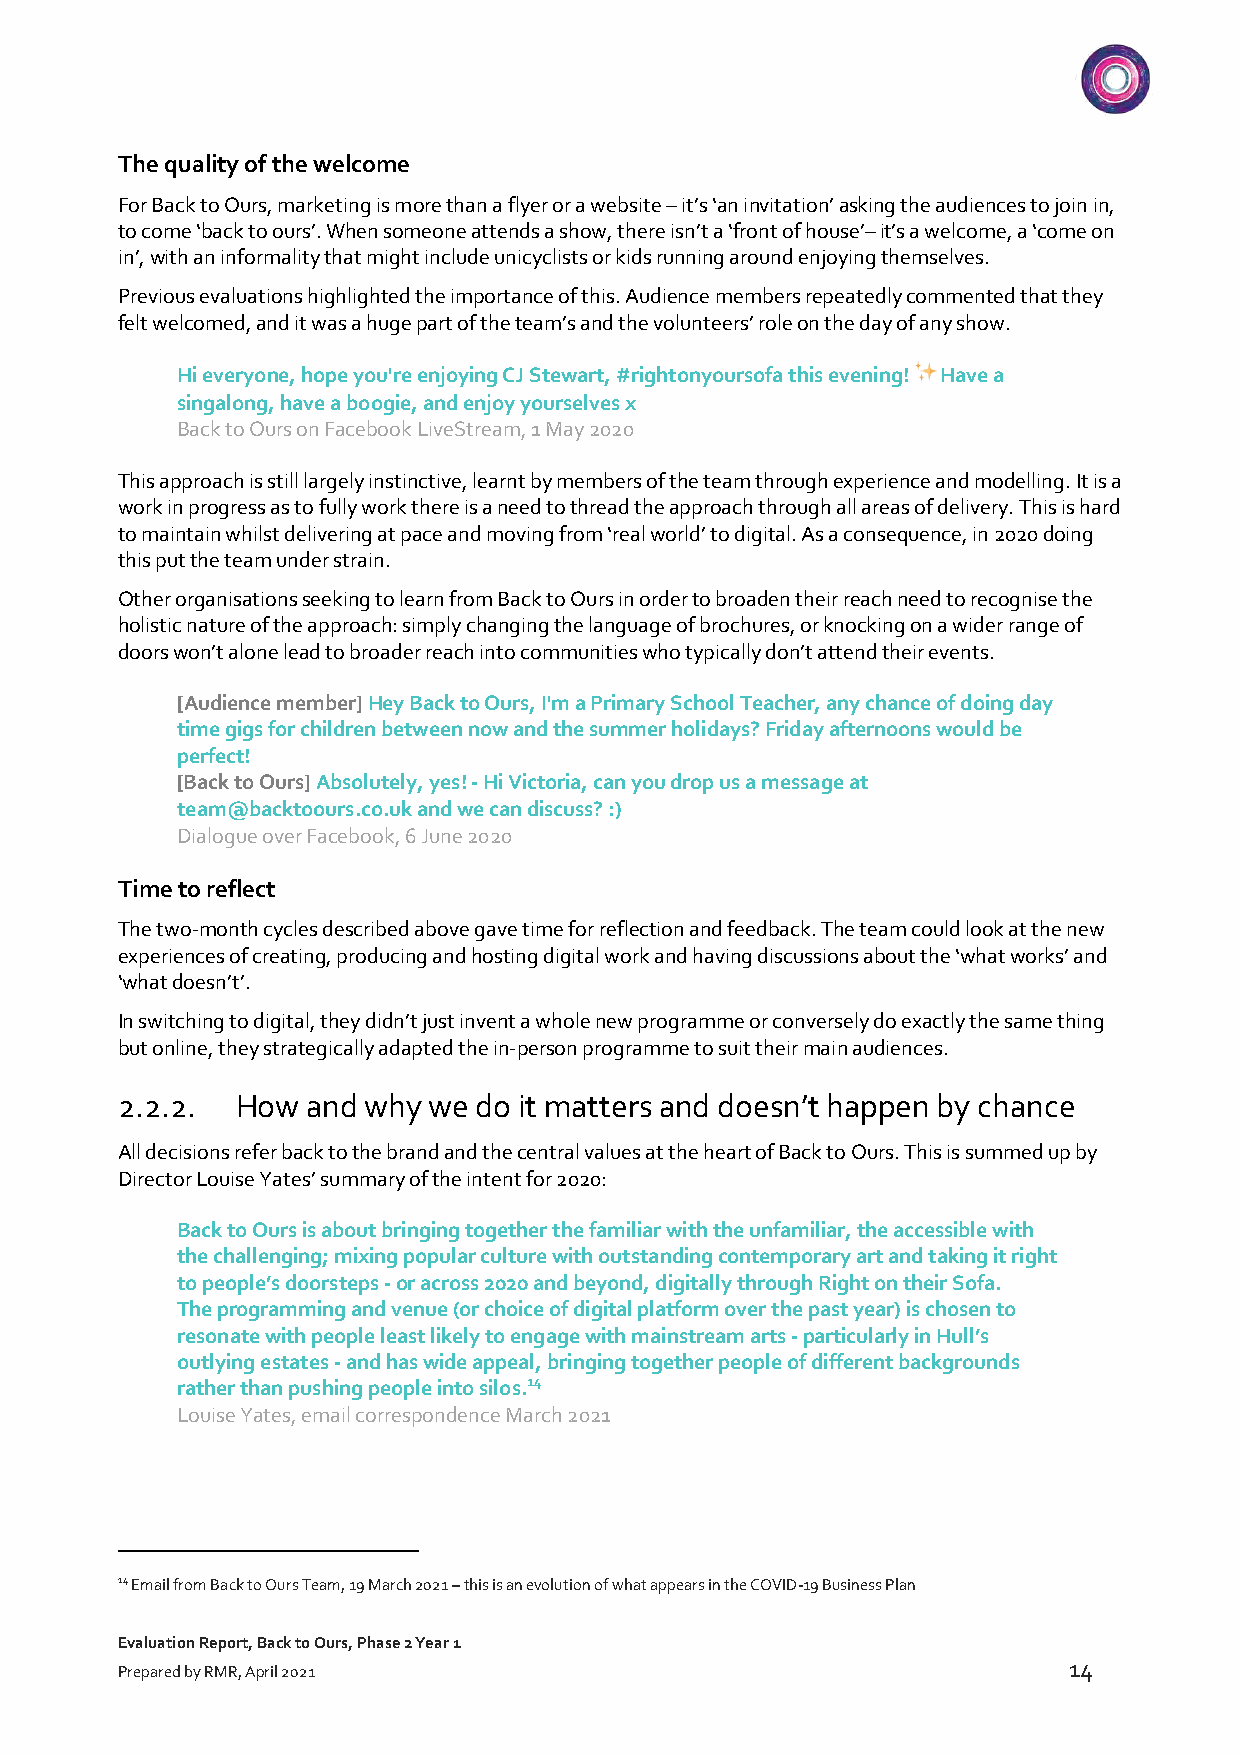
The quality of the welcome
 For Back to Ours, marketing is more than a flyer or a website – it’s ‘an invitation’ asking the audiences to join in,
 to come ‘back to ours’. When someone attends a show, there isn’t a ‘front of house’– it’s a welcome, a ‘come on
 in’, with an informality that might include unicyclists or kids running around enjoying themselves.
 Previous evaluations highlighted the importance of this. Audience members repeatedly commented that they
 felt welcomed, and it was a huge part of the team’s and the volunteers’ role on the day of any show.
 Hi everyone, hope you're enjoying CJ Stewart, #rightonyoursofa this evening! ✨ Have a
 singalong, have a boogie, and enjoy yourselves x
 Back to Ours on Facebook LiveStream, 1 May 2020
 This approach is still largely instinctive, learnt by members of the team through experience and modelling. It is a
 work in progress as to fully work there is a need to thread the approach through all areas of delivery. This is hard
 to maintain whilst delivering at pace and moving from ‘real world’ to digital. As a consequence, in 2020 doing
 this put the team under strain.
 Other organisations seeking to learn from Back to Ours in order to broaden their reach need to recognise the
 holistic nature of the approach: simply changing the language of brochures, or knocking on a wider range of
 doors won’t alone lead to broader reach into communities who typically don’t attend their events.
 [Audience member] Hey Back to Ours, I'm a Primary School Teacher, any chance of doing day
 time gigs for children between now and the summer holidays? Friday afternoons would be
 perfect!
 [Back to Ours] Absolutely, yes! - Hi Victoria, can you drop us a message at
 team@backtoours.co.uk and we can discuss? :)
 Dialogue over Facebook, 6 June 2020
 Time to reflect
 The two-month cycles described above gave time for reflection and feedback. The team could look at the new
 experiences of creating, producing and hosting digital work and having discussions about the ‘what works’ and
 ‘what doesn’t’.
 In switching to digital, they didn’t just invent a whole new programme or conversely do exactly the same thing
 but online, they strategically adapted the in-person programme to suit their main audiences.
 2.2.2.  How and why we  do it matters and doesn’t happen by chance
 All decisions refer back to the brand and the central values at the heart of Back to Ours. This is summed up by
 Director Louise Yates’ summary of the intent for 2020:
 Back to Ours is about bringing together the familiar with the unfamiliar, the accessible with
 the challenging; mixing popular culture with outstanding contemporary art and taking it right
 to people’s doorsteps - or across 2020 and beyond, digitally through Right on their Sofa.
 The programming and venue (or choice of digital platform over the past year) is chosen to
 resonate with people least likely to engage with mainstream arts - particularly in Hull’s
 outlying estates - and has wide appeal, bringing together people of different backgrounds
 rather than pushing people into silos.14
 Louise Yates, email correspondence March 2021
 14 Email from Back to Ours Team, 19 March 2021 – this is an evolution of what appears in the COVID-19 Business Plan
 Evaluation Report, Back to Ours, Phase 2 Year 1
 14
 Prepared by RMR, April 2021